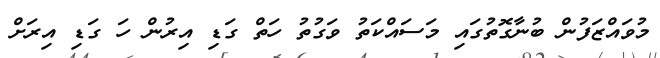
މުވައްޒަފުން ބުނާގޮތުގައި މަސައްކަތު ވަގުތު ހަތް ގަޑި އިރުން ހަ ގަޑި އިރަށް